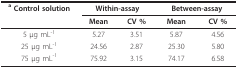
| a Control solution | <COLSPAN=2> Within-assay | <COLSPAN=2> Between-assay |
 |  | Mean | CV % | Mean | CV % |
 | --- | --- | --- | --- | --- |
 | 5 μg mL-1 | 5.27 | 3.51 | 5.87 | 4.56 |
 | 25 μg mL-1 | 24.56 | 2.87 | 25.30 | 5.80 |
 | 75 μg mL-1 | 75.92 | 3.15 | 74.17 | 6.58 |